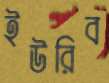
ইউরিব